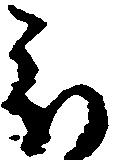
被